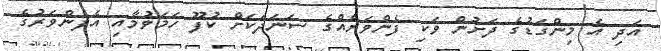
އަދި އެ މިންގަޑުގެ ދަށުން ވަކި ފެންވަރެއްގެ ސަނަދަކަށް ކުފޫ ހަމަވުމާއި އެފެންވަރުގެ